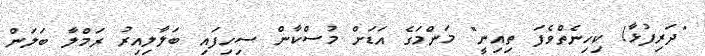
"ދަރިފުޅާ! ކިހިނެތްވެފަ ތިއިނީ" މަންމަގެ އަޑަށް މުސްކާން ސިހިފައި ބަލާލިއިރު ރަމްލާ ބަލަން